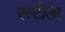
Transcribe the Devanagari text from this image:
रस्टीला